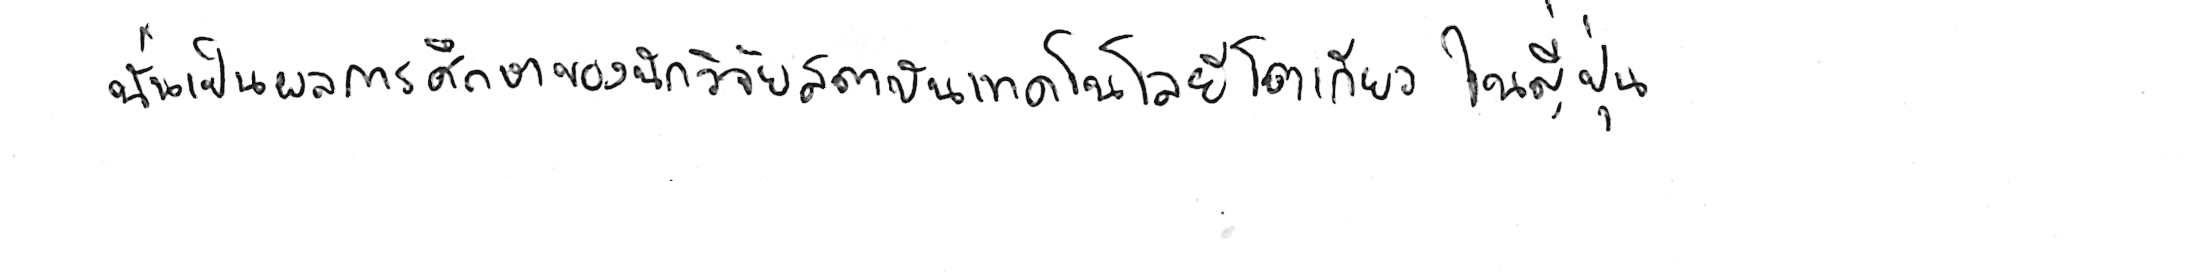
นั่นเป็นผลการศึกษาของนักวิจัยสถาบันเทคโนโลยีโตเกียว ในญี่ปุ่น